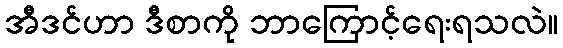
အီဒင်ဟာ ဒီစာကို ဘာကြောင့်ရေးရသလဲ။